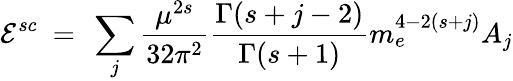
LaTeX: {\cal E}^{sc}\ =\ \sum_{j}\frac{\mu^{2s}}{32\pi^{2}}\frac{\Gamma(s+j-2)}{\Gamma(s+1)}m_{e}^{4-2(s+j)}A_{j}